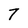
Character: 7